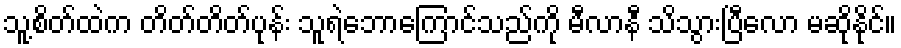
သူ့စိတ်ထဲက တိတ်တိတ်ပုန်း သူရဲဘောကြောင်သည်ကို မီလာနီ သိသွားပြီလော မဆိုနိုင်။